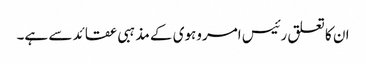
ان کا تعلق رئیس امروہوی کے مذہبی عقائد سے ہے۔